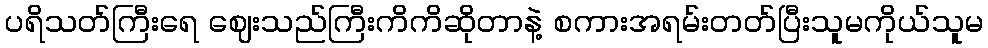
ပရိသတ်ကြီးရေ ဈေးသည်ကြီးကိကိဆိုတာနဲ့ စကားအရမ်းတတ်ပြီးသူမကိုယ်သူမ